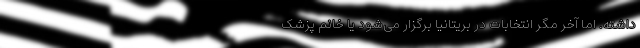
داشته. اما آخر مگر انتخابات در بریتانیا برگزار می‌شود یا خانم پزشک